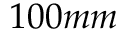
1 0 0 m m